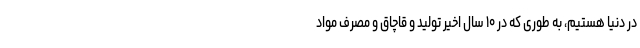
در دنیا هستیم، به طوری که در ۱۰ سال اخیر تولید و قاچاق و مصرف مواد